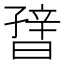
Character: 𬁪